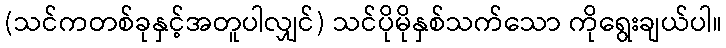
(သင်ကတစ်ခုနှင့်အတူပါလျှင်) သင်ပိုမိုနှစ်သက်သော ကိုရွေးချယ်ပါ။